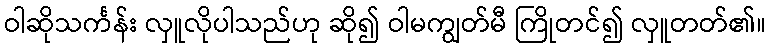
ဝါဆိုသင်္ကန်း လှူလိုပါသည်ဟု ဆို၍ ဝါမကျွတ်မီ ကြိုတင်၍ လှူတတ်၏။